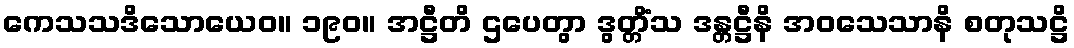
ကေသသဒိသောယေဝ။ ၁၉၀။ အဋ္ဌီတိ ဌပေတွာ ဒွတ္တိံသ ဒန္တဋ္ဌီနိ အဝသေသာနိ စတုသဋ္ဌိ